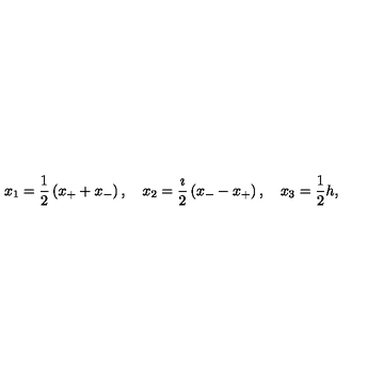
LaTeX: x _ { 1 } = \frac { 1 } { 2 } \left( x _ { + } + x _ { - } \right) , \quad x _ { 2 } = \frac { \imath } { 2 } \left( x _ { - } - x _ { + } \right) , \quad x _ { 3 } = \frac { 1 } { 2 } h ,